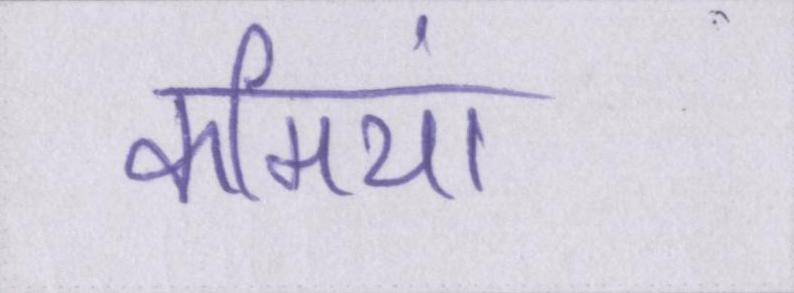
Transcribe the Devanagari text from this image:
कमियां